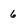
Character: 6